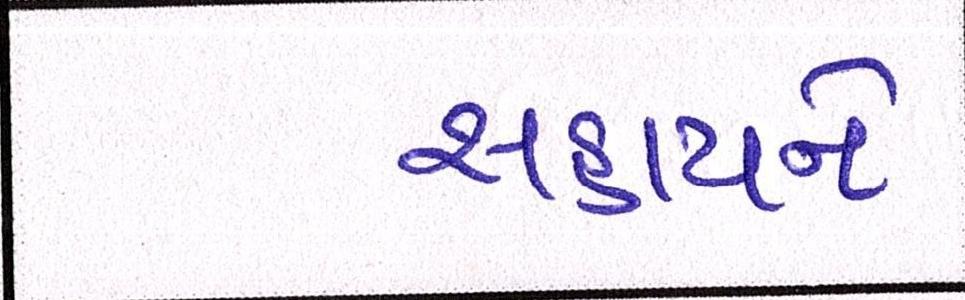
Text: સહાયને